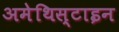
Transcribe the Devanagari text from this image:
अमेथिस्टाइन